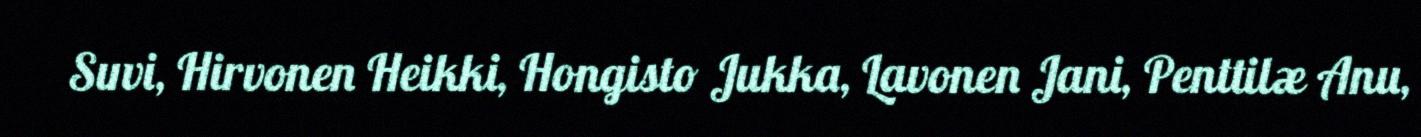
Suvi, Hirvonen Heikki, Hongisto Jukka, Lavonen Jani, Penttilæ Anu,